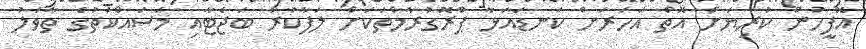
އޮފީހުން ކުރިޔަށް އޮތް އަހަރަށް ކަނޑައަޅާ ޕްރޮގުރާމްތަކަށް ލަފާކުރާ ބަޖެޓާއި މަސައްކަތުގެ ތާވަލު